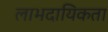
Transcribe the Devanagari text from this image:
लाभदायिकता